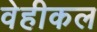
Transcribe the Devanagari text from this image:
वेहीकल